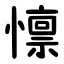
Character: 懔